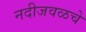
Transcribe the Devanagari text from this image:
नदीजवळचे